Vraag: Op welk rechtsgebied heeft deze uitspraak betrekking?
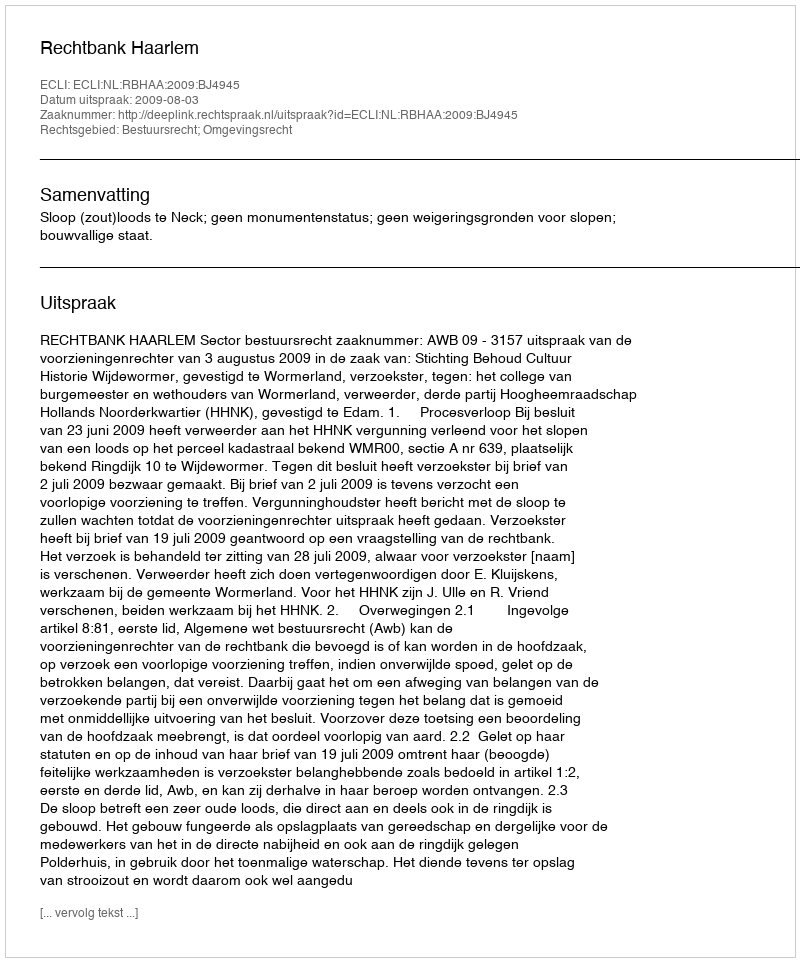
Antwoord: Bestuursrecht; Omgevingsrecht